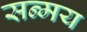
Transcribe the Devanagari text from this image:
सन्मय